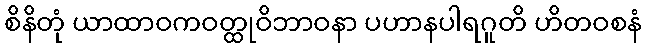
စိနိတုံ ယာထာဝကဝတ္ထုဝိဘာဝနာ ပဟာနပါရဂူတိ ဟိတဝစနံ